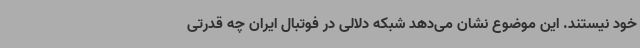
خود نیستند. این موضوع نشان می‌دهد شبکه دلالی در فوتبال ایران چه قدرتی